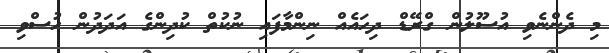
މި ދެންނެވި އުސޫލުން ގްރޭޑް ދިހައެއް ނިންމާފައި ނުކުތް ކުދިންގެ އަދަދުން ހުސްވި